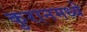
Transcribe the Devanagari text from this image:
कुरानमध्ये